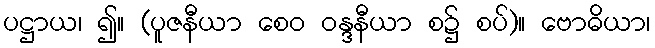
ပဋ္ဌာယ၊ ၍။ (ပူဇနီယာ စေဝ ဝန္ဒနီယာ စ၌ စပ်)။ ဗောဓိယာ၊